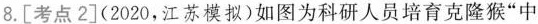
8.[考点2](2020，江苏模拟)如图为科研人员培育克隆猴”中